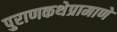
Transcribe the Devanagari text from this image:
पुराणकथेप्रामाणे